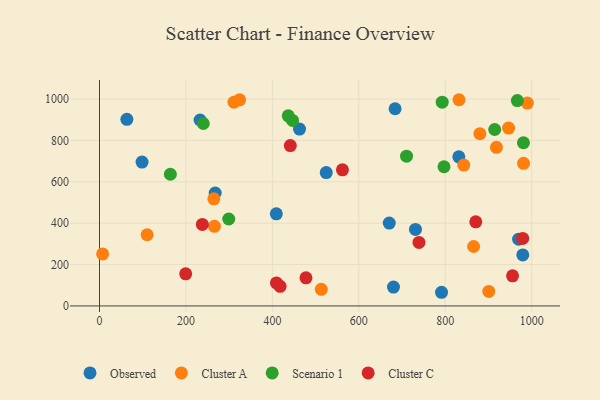
{"axis": {"x": "Experience", "y": "Profit"}, "legend": ["Cluster A", "Cluster C", "Observed", "Scenario 1"], "data": [{"x": "409.1", "y": 445.2, "type": "Observed"}, {"x": "731.1", "y": 369.8, "type": "Observed"}, {"x": "680.2", "y": 91.0, "type": "Observed"}, {"x": "683.9", "y": 952.8, "type": "Observed"}, {"x": "969.7", "y": 322.8, "type": "Observed"}, {"x": "63.3", "y": 901.9, "type": "Observed"}, {"x": "267.7", "y": 545.8, "type": "Observed"}, {"x": "98.4", "y": 695.2, "type": "Observed"}, {"x": "232.7", "y": 898.6, "type": "Observed"}, {"x": "831.4", "y": 720.7, "type": "Observed"}, {"x": "791.4", "y": 66.0, "type": "Observed"}, {"x": "524.6", "y": 644.6, "type": "Observed"}, {"x": "462.8", "y": 854.9, "type": "Observed"}, {"x": "979.4", "y": 246.4, "type": "Observed"}, {"x": "670.4", "y": 400.4, "type": "Observed"}, {"x": "918.5", "y": 766.4, "type": "Cluster A"}, {"x": "264.5", "y": 517.7, "type": "Cluster A"}, {"x": "7.2", "y": 251.2, "type": "Cluster A"}, {"x": "513.1", "y": 80.4, "type": "Cluster A"}, {"x": "110.2", "y": 343.9, "type": "Cluster A"}, {"x": "981.1", "y": 689.0, "type": "Cluster A"}, {"x": "311.2", "y": 984.7, "type": "Cluster A"}, {"x": "900.7", "y": 70.2, "type": "Cluster A"}, {"x": "831.8", "y": 996.5, "type": "Cluster A"}, {"x": "865.6", "y": 287.3, "type": "Cluster A"}, {"x": "842.8", "y": 680.6, "type": "Cluster A"}, {"x": "265.9", "y": 384.6, "type": "Cluster A"}, {"x": "324.1", "y": 996.0, "type": "Cluster A"}, {"x": "880.1", "y": 832.2, "type": "Cluster A"}, {"x": "990.0", "y": 980.1, "type": "Cluster A"}, {"x": "946.5", "y": 859.3, "type": "Cluster A"}, {"x": "240.2", "y": 881.5, "type": "Scenario 1"}, {"x": "299.0", "y": 420.0, "type": "Scenario 1"}, {"x": "797.1", "y": 672.6, "type": "Scenario 1"}, {"x": "792.9", "y": 984.5, "type": "Scenario 1"}, {"x": "914.4", "y": 852.6, "type": "Scenario 1"}, {"x": "446.6", "y": 896.5, "type": "Scenario 1"}, {"x": "436.7", "y": 918.7, "type": "Scenario 1"}, {"x": "710.4", "y": 723.7, "type": "Scenario 1"}, {"x": "163.9", "y": 636.4, "type": "Scenario 1"}, {"x": "980.9", "y": 788.5, "type": "Scenario 1"}, {"x": "966.8", "y": 992.3, "type": "Scenario 1"}, {"x": "237.9", "y": 394.0, "type": "Cluster C"}, {"x": "477.7", "y": 135.8, "type": "Cluster C"}, {"x": "955.7", "y": 145.3, "type": "Cluster C"}, {"x": "870.6", "y": 406.4, "type": "Cluster C"}, {"x": "199.4", "y": 155.1, "type": "Cluster C"}, {"x": "409.3", "y": 111.3, "type": "Cluster C"}, {"x": "417.9", "y": 94.9, "type": "Cluster C"}, {"x": "562.1", "y": 657.5, "type": "Cluster C"}, {"x": "739.2", "y": 306.9, "type": "Cluster C"}, {"x": "979.2", "y": 326.2, "type": "Cluster C"}, {"x": "441.5", "y": 774.9, "type": "Cluster C"}]}